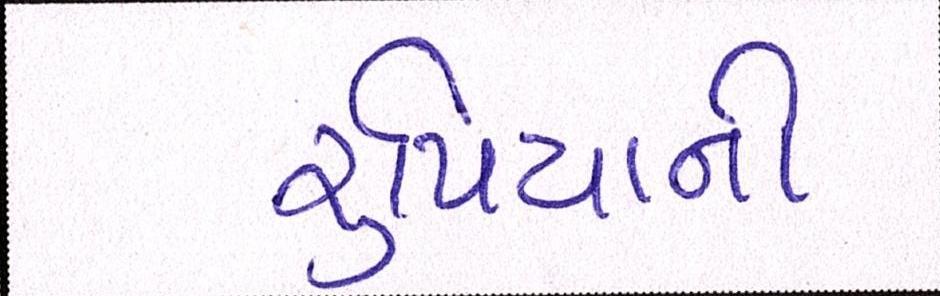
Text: રૃપિયાની